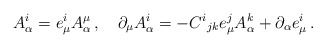
\begin{align*}A^{i}_{\alpha}=e^{i}_{\mu}A^{\mu}_{\alpha}\,,\quad\partial_{\mu}A^{i}_{\alpha}=-C^{i}{}_{jk}e^{j}_{\mu}A^{k}_{\alpha}+\partial_{\alpha}e^{i}_{\mu}\,.\end{align*}